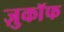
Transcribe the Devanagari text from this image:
ज़ुकाॅफ